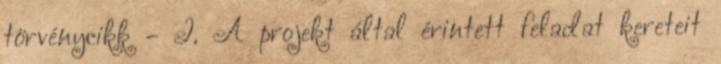
törvénycikk - I. A projekt által érintett feladat kereteit